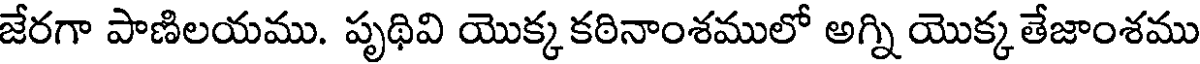
జేరగా పాణిలయము. పృథివి యొక్క కఠినాంశములో అగ్ని యొక్క తేజాంశము